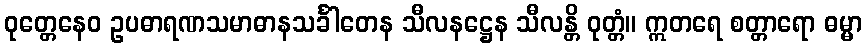
ဝုတ္တေနေဝ ဥပဓာရဏသမာဓာနသင်္ခါတေန သီလနဋ္ဌေန သီလန္တိ ဝုတ္တံ။ ဣတရေ စတ္တာရော ဓမ္မာ